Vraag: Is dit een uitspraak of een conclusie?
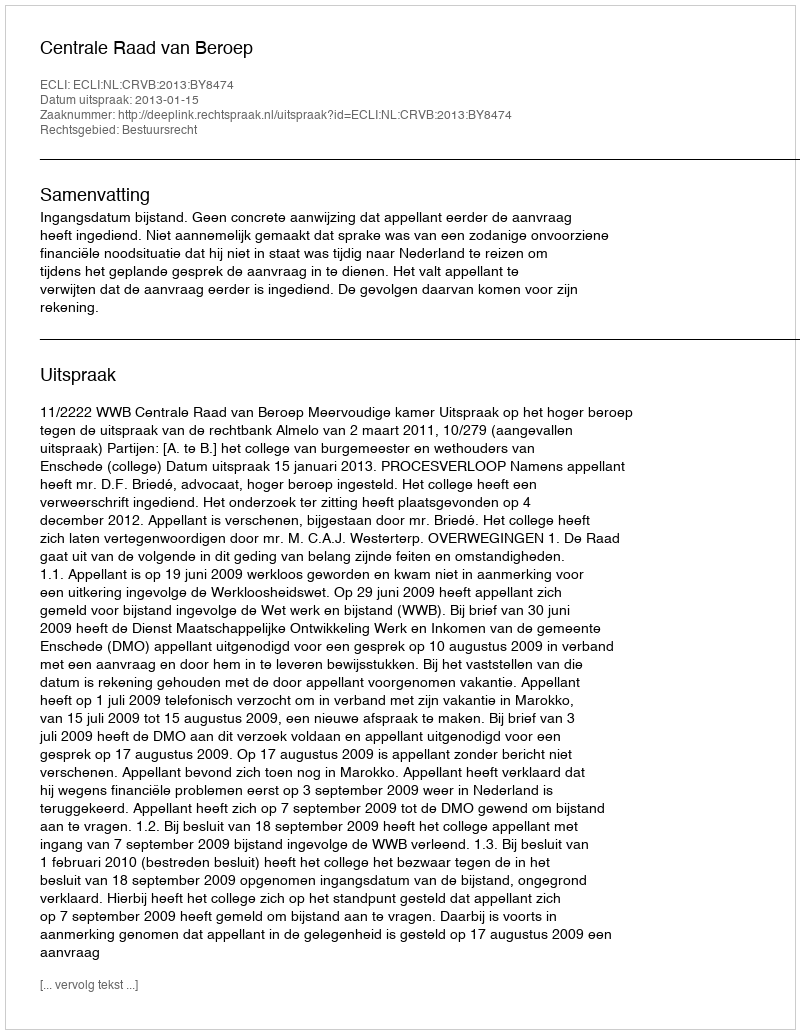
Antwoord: Uitspraak